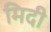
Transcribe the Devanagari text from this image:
मिदी